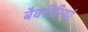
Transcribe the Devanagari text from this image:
बैक्टीरियां